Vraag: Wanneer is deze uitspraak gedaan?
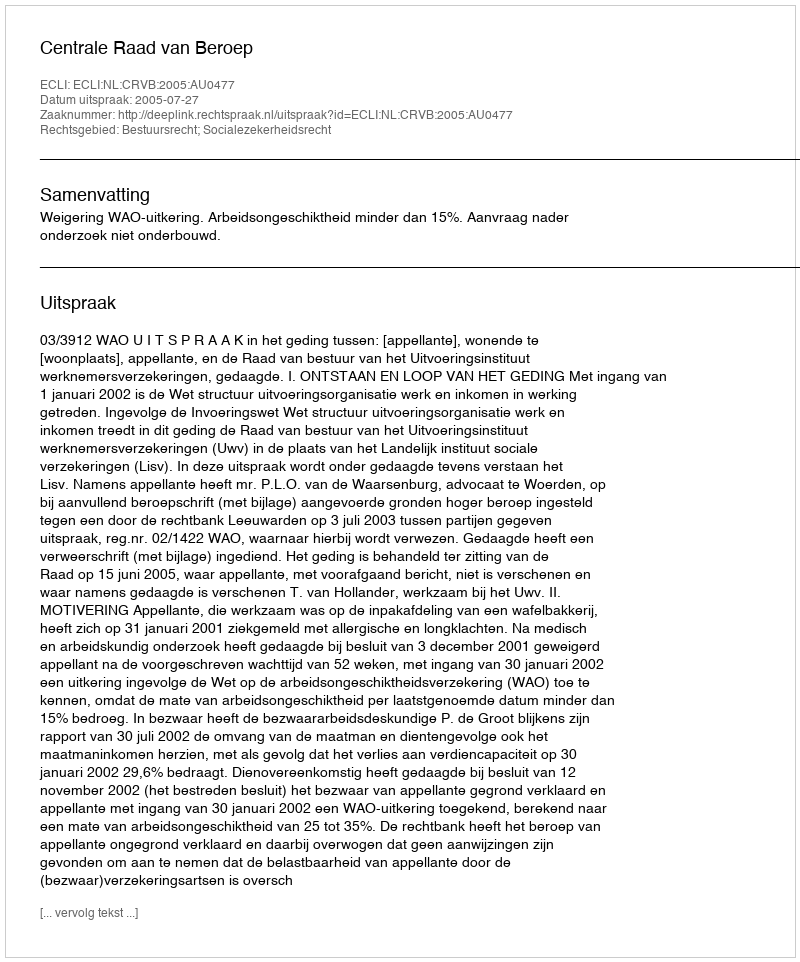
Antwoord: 2005-07-27